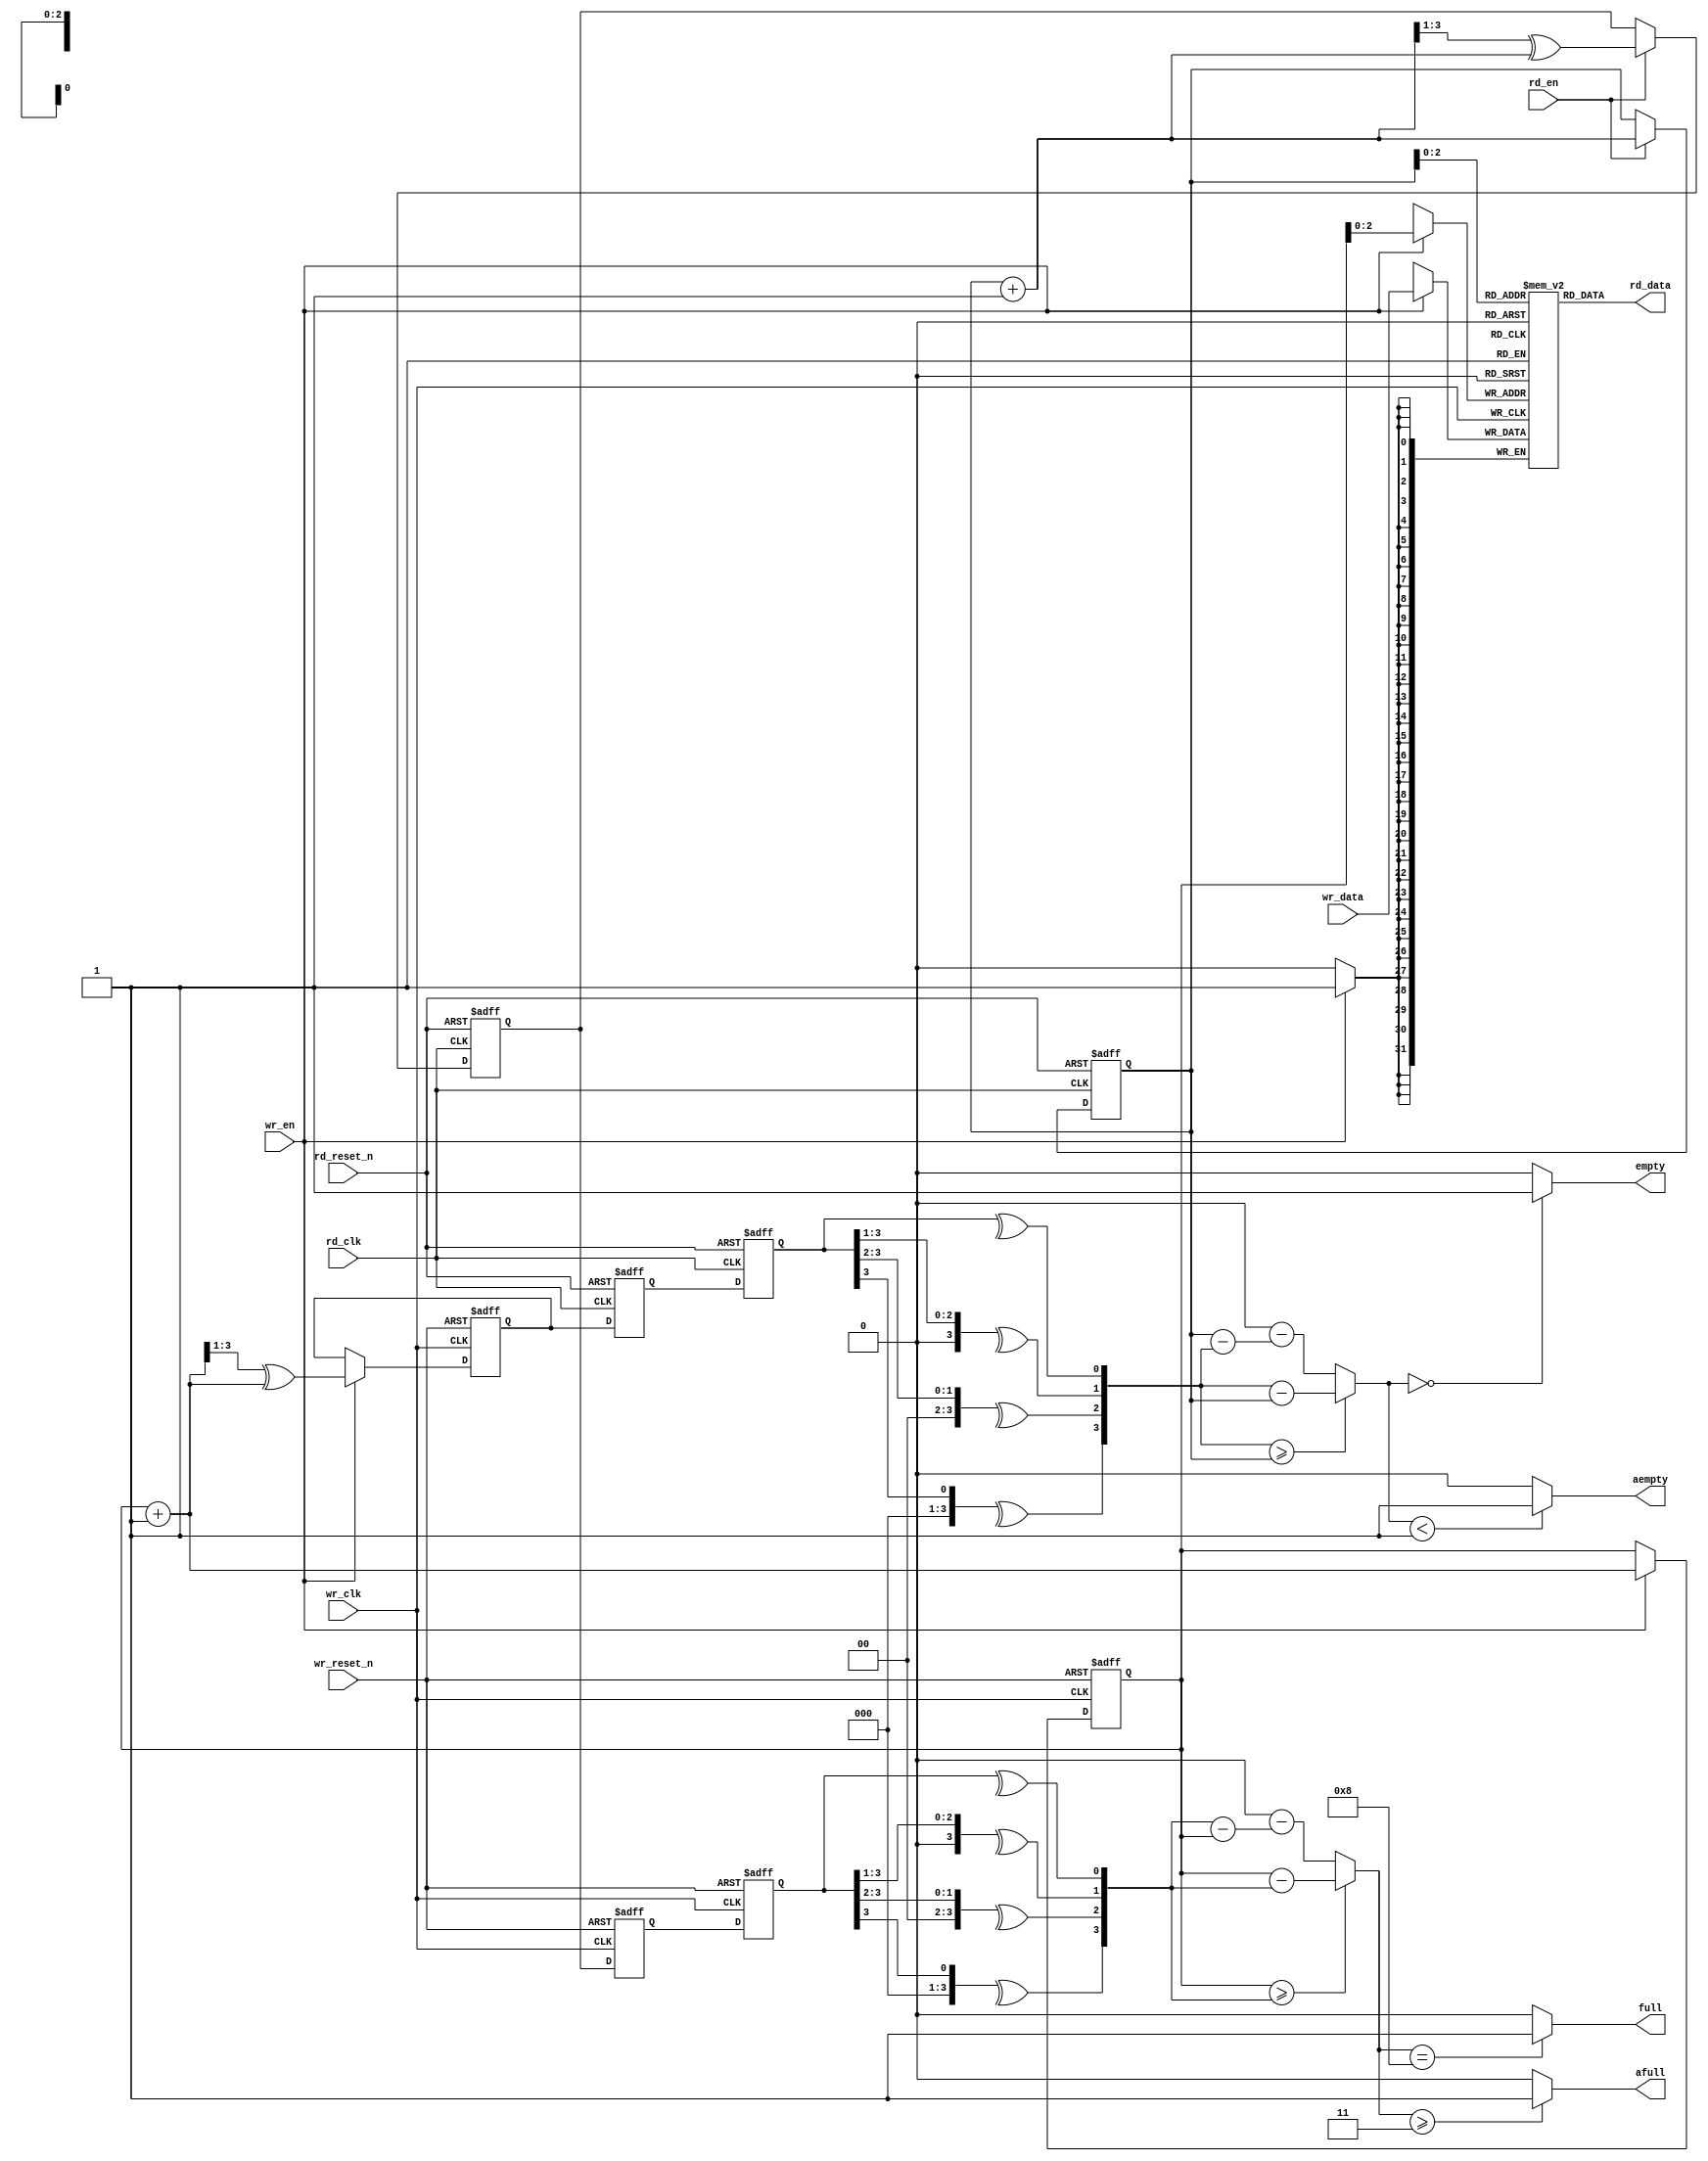
`timescale 1ns / 1ns
module async_fifo #(
    parameter   DP = 8,
    parameter   DW = 32 )(
    input               wr_clk,
    input               wr_reset_n,
    input               wr_en,
    input   [DW-1:0]    wr_data,
    output              full,
    output              afull,
    input               rd_clk,
    input               rd_reset_n,
    input               rd_en,
    output  [DW-1:0]    rd_data,
    output              empty,
    output              aempty
);

localparam  AW      = $clog2(DP);
localparam  WR_FAST = 1'b1;
localparam  RD_FAST = 1'b1;

reg     [DW-1:0]    mem[DP-1:0];
reg     [AW:0]      sync_rd_ptr_0, sync_rd_ptr_1;
wire    [AW:0]      sync_rd_ptr;
reg                 full_q;
reg     [AW:0]      wr_ptr, gray_wr_ptr;
reg     [AW:0]      gray_rd_ptr;
wire    [AW:0]      wr_ptr_inc = wr_ptr + 1'b1;
wire    [AW:0]      wr_cnt = get_cnt(wr_ptr, sync_rd_ptr);
wire                full_c  = (wr_cnt == DP) ? 1'b1 : 1'b0;
reg     [AW:0]      sync_wr_ptr_0, sync_wr_ptr_1;
wire    [AW:0]      sync_wr_ptr;
reg     [AW:0]      rd_ptr;
reg                 empty_q;
wire    [AW:0]      rd_ptr_inc = rd_ptr + 1'b1;
wire    [AW:0]      rd_cnt = get_cnt(sync_wr_ptr, rd_ptr);
wire                empty_c  = (rd_cnt == 0) ? 1'b1 : 1'b0;
reg     [DW-1:0]    rd_data_q;
wire    [DW-1:0]    rd_data_c = mem[rd_ptr[AW-1:0]];

always @(posedge wr_clk or negedge wr_reset_n)
    if (!wr_reset_n) begin
        wr_ptr <= 'd0;
        gray_wr_ptr <= 'd0;
        full_q <= 'b0;
    end
    else if (wr_en) begin
        wr_ptr <= wr_ptr_inc;
        gray_wr_ptr <= bin2gray(wr_ptr_inc);
        if (wr_cnt == (DP-'d1)) begin
            full_q <= 'b1;
        end
    end
    else begin
        if (full_q && (wr_cnt<DP)) begin
            full_q <= 'b0;
        end
    end

assign full  = (WR_FAST == 1) ? full_c : full_q;
assign afull = (wr_cnt >= DP/2 - 1) ? 1'b1 : 1'b0;

always @(posedge wr_clk)
    if (wr_en) begin
        mem[wr_ptr[AW-1:0]] <= wr_data;
    end

// read pointer synchronizer
always @(posedge wr_clk or negedge wr_reset_n)
    if (!wr_reset_n) begin
        sync_rd_ptr_0 <= 'b0;
        sync_rd_ptr_1 <= 'b0;
    end
    else begin
        sync_rd_ptr_0 <= gray_rd_ptr;
        sync_rd_ptr_1 <= sync_rd_ptr_0;
    end

assign sync_rd_ptr = gray2bin(sync_rd_ptr_1);

always @(posedge rd_clk or negedge rd_reset_n)
    if (!rd_reset_n) begin
        rd_ptr <= 'd0;
        gray_rd_ptr <= 'd0;
        empty_q <= 'b1;
    end
    else begin
        if (rd_en) begin
            rd_ptr <= rd_ptr_inc;
            gray_rd_ptr <= bin2gray(rd_ptr_inc);
            if (rd_cnt=='d1) begin
                empty_q <= 'b1;
            end
        end
        else begin
            if (empty_q && (rd_cnt!='d0)) begin
                empty_q <= 'b0;
            end
        end
    end

assign empty  = (RD_FAST == 1) ? empty_c : empty_q;
assign aempty = (rd_cnt < DP/2 - 'd3) ? 1'b1 : 1'b0;

always @(posedge rd_clk)
    rd_data_q <= rd_data_c;

assign rd_data  = (RD_FAST == 1) ? rd_data_c : rd_data_q;

// write pointer synchronizer
always @(posedge rd_clk or negedge rd_reset_n)
    if (!rd_reset_n) begin
       sync_wr_ptr_0 <= 'b0;
       sync_wr_ptr_1 <= 'b0;
    end
    else begin
       sync_wr_ptr_0 <= gray_wr_ptr;
       sync_wr_ptr_1 <= sync_wr_ptr_0;
    end

assign sync_wr_ptr = gray2bin(sync_wr_ptr_1);

function [AW:0] get_cnt;
input [AW:0] wr_ptr, rd_ptr;
begin
    if (wr_ptr >= rd_ptr) begin
        get_cnt = (wr_ptr - rd_ptr);
    end
    else begin
        get_cnt = DP*2 - (rd_ptr - wr_ptr);
    end
end
endfunction

function [AW:0] bin2gray;
input   [AW:0]  bin;

bin2gray = (bin >> 1) ^ bin;

endfunction

function [AW:0] gray2bin;
input   [AW:0]  gray;
integer         k;

for (k = 0; k <= AW; k = k + 1)
    gray2bin[k] = ^(gray >> k);

endfunction

endmodule